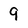
Character: 9